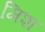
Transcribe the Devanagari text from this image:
मिश